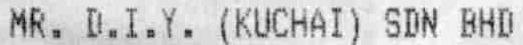
MR. D.I.Y. (KUCHAI) SDN BHD